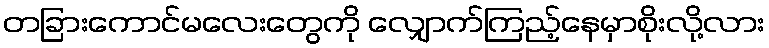
တခြားကောင်မလေးတွေကို လျှောက်ကြည့်နေမှာစိုးလို့လား